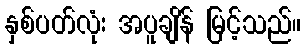
နှစ်ပတ်လုံး အပူချိန် မြင့်သည်။